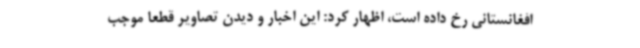
افغانستانی رخ داده است، اظهار کرد: این اخبار و دیدن تصاویر قطعاً موجب